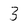
Character: 3